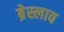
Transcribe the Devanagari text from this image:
ब्रेस्लाव